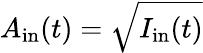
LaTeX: A_{\mathrm{in}}(t)=\sqrt{I_{\mathrm{in}}(t)}